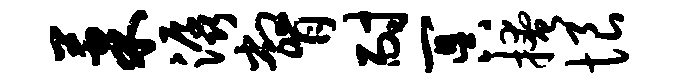
果潺瞥耐冥掩恨